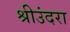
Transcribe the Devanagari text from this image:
श्रीउंदरा